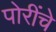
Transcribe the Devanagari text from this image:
पोरींचे